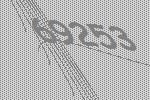
69253